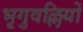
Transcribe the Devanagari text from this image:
भृगुवल्लियों